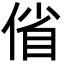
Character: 偗